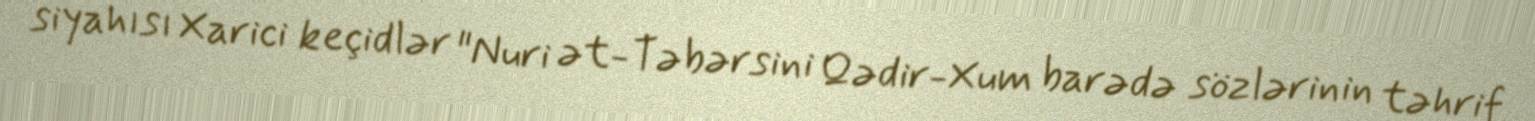
siyahısı Xarici keçidlər "Nuri ət-Təbərsini Qədir-Xum barədə sözlərinin təhrif